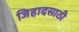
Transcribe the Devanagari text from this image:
जिहादसाठी